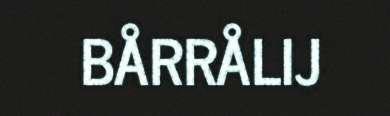
BÅRRÅLIJ